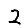
Digit: 2